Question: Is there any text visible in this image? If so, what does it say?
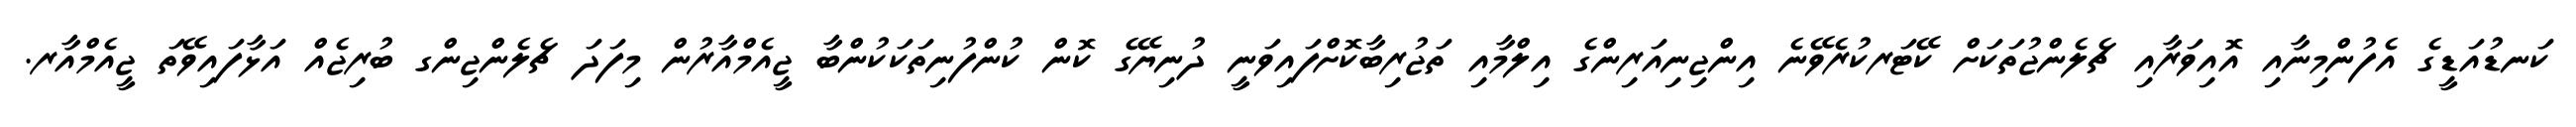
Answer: ކަނޑުއަޑީގެ އެފުންމިނާއި އޮއިވަރާއި ޗެލެންޖުތަކަށް ކޭޓަރކުރެވޭނެ އިންޖިނިއަރިންގެ އިލްމާއި ތަޖުރިބާކޮށްފައިވަނީ ދުނިޔޭގެ ކޮން ކުންފުނިތަކަކުންބާ ޖީއެމްއާރުން މިފަދަ ޗެލެންޖިންގ ބުރިޖެއް އަޅާފައިވޭތަ ޖީއެމްއާރ.